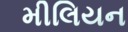
મીલિયન